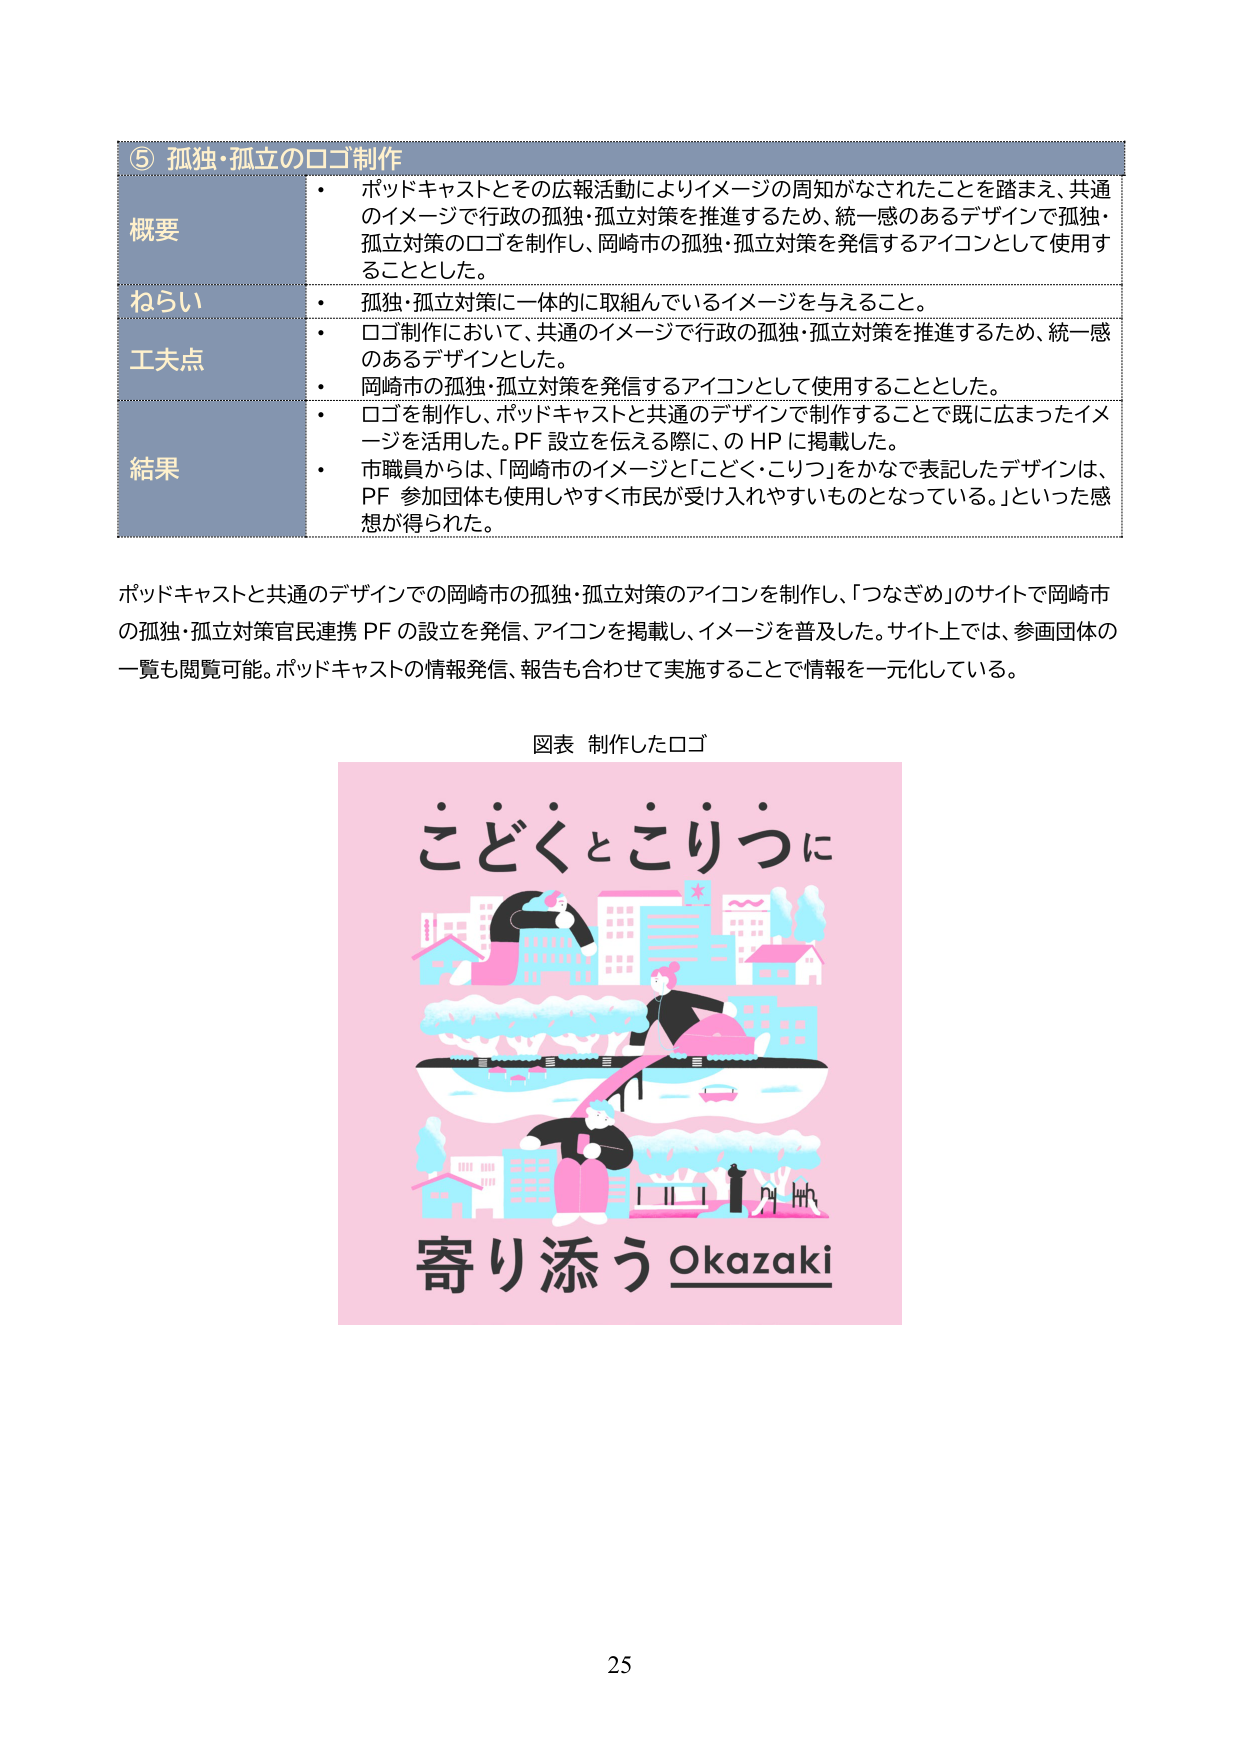
⑤ 孤独・孤立のロゴ制作

概要
・ ポッドキャストとその広報活動によりイメージの周知がなされたことを踏まえ、共通のイメージで行政の孤独・孤立対策を推進するため、統一感のあるデザインで孤独・孤立対策のロゴを制作し、岡崎市の孤独・孤立対策を発信するアイコンとして使用することとした。

ねらい
・ 孤独・孤立対策に一体的に取組んでいるイメージを与えること。

工夫点
・ ロゴ制作において、共通のイメージで行政の孤独・孤立対策を推進するため、統一感のあるデザインとした。
・ 岡崎市の孤独・孤立対策を発信するアイコンとして使用することとした。

結果
・ ロゴを制作し、ポッドキャストと共通のデザインで制作することで既に広まったイメージを活用した。PF 設立を伝える際に、の HP に掲載した。
・ 市職員からは、「岡崎市のイメージと『こどく・こりつ』をかなで表記したデザインは、PF 参加団体も使用しやすく市民が受け入れやすいものとなっている。」といった感想が得られた。

ポッドキャストと共通のデザインでの岡崎市の孤独・孤立対策のアイコンを制作し、「つなぎめ」のサイトで岡崎市の孤独・孤立対策官民連携 PF の設立を発信、アイコンを掲載し、イメージを普及した。サイト上では、参画団体の一覧も閲覧可能。ポッドキャストの情報発信、報告も合わせて実施することで情報を一元化している。

図表 制作したロゴ

こどくとこりつに
寄り添う Okazaki

25